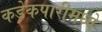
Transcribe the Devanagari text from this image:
कडेकपारीमध्ये